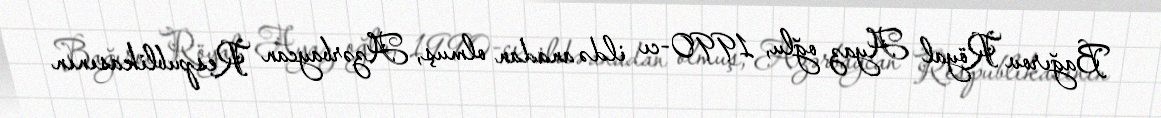
Bağırov Röyal Ayaz oğlu, 1990-cı ildə anadan olmuş, Azərbaycan Respublikasının